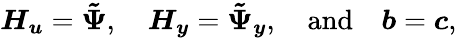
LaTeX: \boldsymbol{H_{u}}=\boldsymbol{\tilde{\Psi}},\quad\boldsymbol{H_{y}}=\boldsymbol{\tilde{\Psi}_{y}},\quad\mathrm{and}\quad\boldsymbol{b}=\boldsymbol{c},